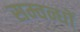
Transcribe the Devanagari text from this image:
सम्वन्धों